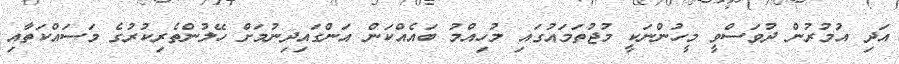
އަދި އުމުރުން ދުވަސްވީ މީހުންނަކީ މުޖުތަމައުގައި މުހިއްމު ބައެއްކަން އަންގައިދިނުމަށް ހޭލުންތެރިކުރުގެ މަސައްކަތާއި